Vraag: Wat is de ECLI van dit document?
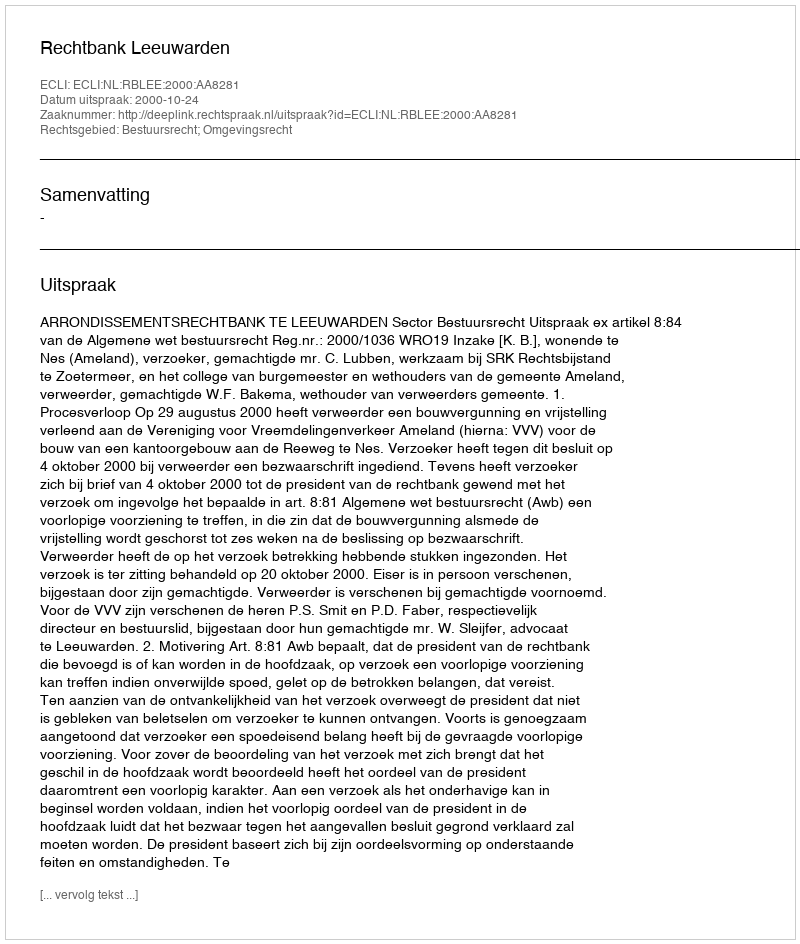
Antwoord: ECLI:NL:RBLEE:2000:AA8281